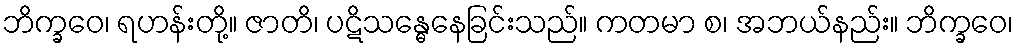
ဘိက္ခဝေ၊ ရဟန်းတို့။ ဇာတိ၊ ပဋိသန္ဓေနေခြင်းသည်။ ကတမာ စ၊ အဘယ်နည်း။ ဘိက္ခဝေ၊